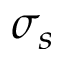
\sigma _ { s }